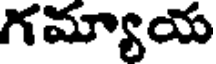
గమ్యాయ